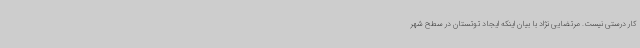
کار درستی نیست. مرتضایی نژاد با بیان اینکه ایجاد توتستان در سطح شهر